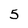
Character: 5